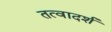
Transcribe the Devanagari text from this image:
तत्वादर्श